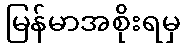
မြန်မာအစိုးရမှ